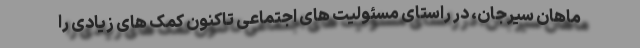
ماهان سیرجان، در راستای مسئولیت های اجتماعی تاکنون کمک های زیادی را